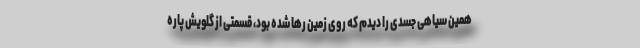
همین سیاهی جسدی را دیدم که روی زمین رها شده بود، قسمتی از گلویش پاره